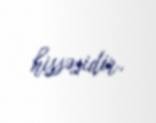
hissəsidir.